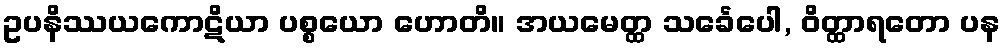
ဥပနိဿယကောဋိယာ ပစ္စယော ဟောတိ။ အယမေတ္ထ သင်္ခေပေါ, ဝိတ္ထာရတော ပန